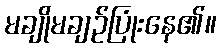
မချိုမချဉ်ပြုံးနေ၏။